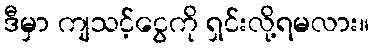
ဒီမှာ ကျသင့်ငွေကို ရှင်းလို့ရမလား။